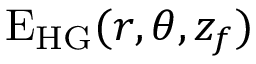
\mathrm { E } _ { \mathrm { H G } } ( r , \theta , z _ { f } )